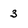
Character: 3